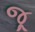
જૂ